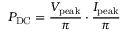
P _ { \mathrm { D C } } = { \frac { V _ { \mathrm { p e a k } } } { \pi } } \cdot { \frac { I _ { \mathrm { p e a k } } } { \pi } }